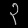
Digit: ၃